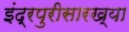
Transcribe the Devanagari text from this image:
इंद्रपुरीसारख्या